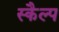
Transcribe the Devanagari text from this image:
स्कैल्प